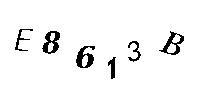
E8613B